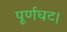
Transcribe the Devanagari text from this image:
पूर्णघट।